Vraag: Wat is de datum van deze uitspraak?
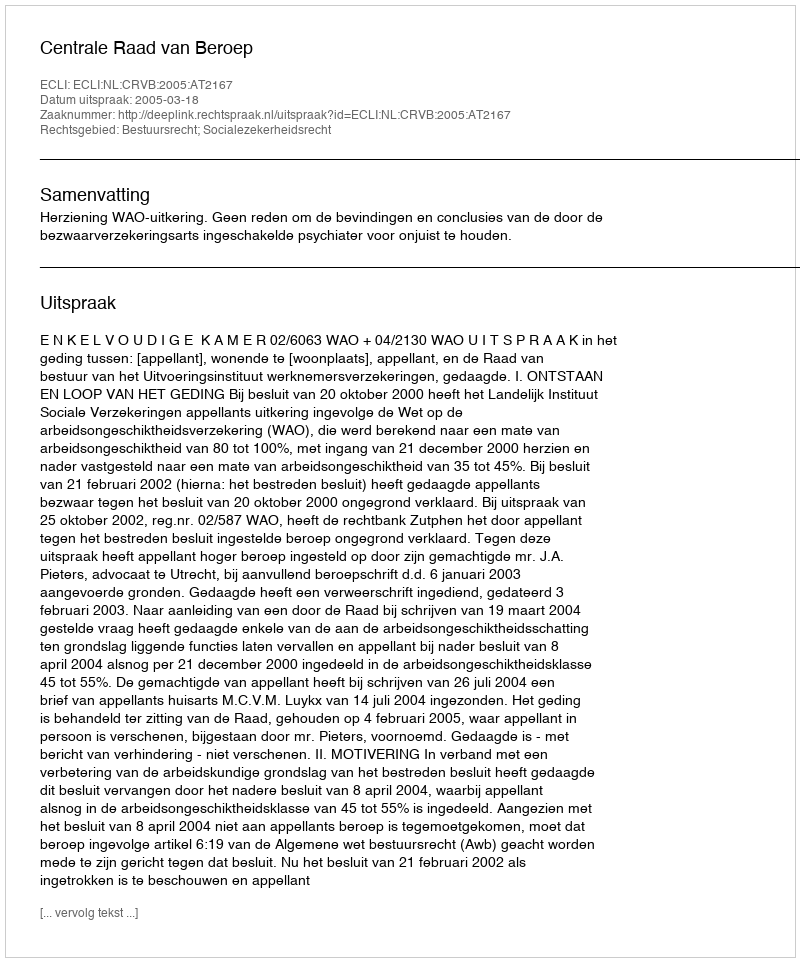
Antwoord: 2005-03-18